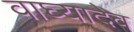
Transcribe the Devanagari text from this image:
वाघ्यादेव